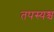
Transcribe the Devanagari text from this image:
तपस्यश्च